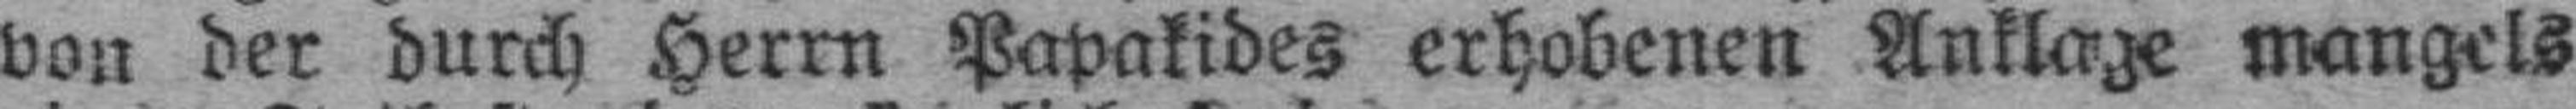
von der durch Herrn Papakides erhobenen Anklage mangels